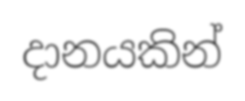
දානයකින්